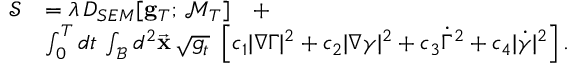
\begin{array} { r l } { \mathcal { S } } & { = \lambda \, D _ { S E M } [ { \bf g } _ { T } ; \, \mathcal { M } _ { T } ] \quad + } \\ & { \int _ { 0 } ^ { T } d t \, \int _ { \mathcal { B } } d ^ { 2 } \vec { \bf x } \, \sqrt { g _ { t } } \, \, \left[ c _ { 1 } | \nabla { \Gamma } | ^ { 2 } + c _ { 2 } | \nabla \gamma | ^ { 2 } + c _ { 3 } \dot { \Gamma } ^ { 2 } + c _ { 4 } | \dot { \gamma } | ^ { 2 } \right] . } \end{array}